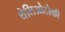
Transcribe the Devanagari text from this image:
थेलिओटोकी